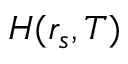
H ( r _ { s } , T )